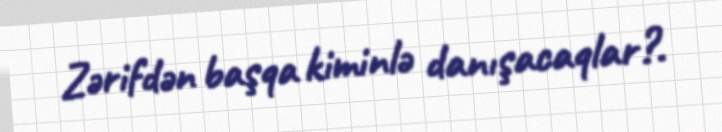
Zərifdən başqa kiminlə danışacaqlar?.